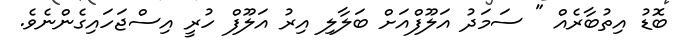
ބޮޑު އިތުބާރެއް " ސަމަދު އަލޫފްއަށް ބަލާލި އިރު އަލޫފް ހުރީ އިސްޖަހައިގެންނެވެ.